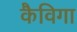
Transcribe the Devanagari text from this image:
कैविगा